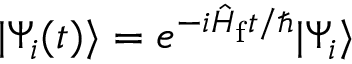
| \Psi _ { i } ( t ) \rangle = e ^ { - i \hat { H } _ { \mathrm { f } } t / \hbar } | \Psi _ { i } \rangle